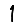
Digit: 1